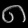
Digit: ၈